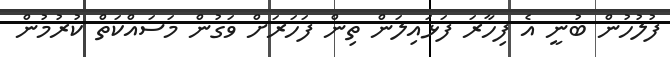
ފުލުހުން ބުނީ އެ ފިހާރަ ފަޅައިލަން ތިން ފަހަރަށް ވަގުން މަސައްކަތް ކުރުމުން